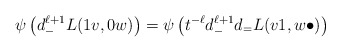
\begin{align*}\psi \left( d_-^{\ell+1} L(1v, 0w) \right) &= \psi \left( t^{-\ell} d_-^{\ell+1} d_= L(v1, w\bullet) \right)\end{align*}